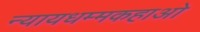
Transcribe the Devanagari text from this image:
न्यायधम्मकहाओ